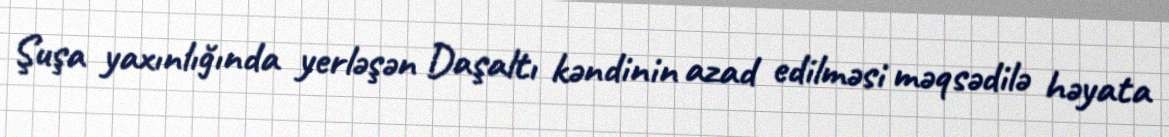
Şuşa yaxınlığında yerləşən Daşaltı kəndinin azad edilməsi məqsədilə həyata